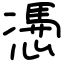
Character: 慿